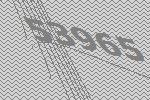
53965